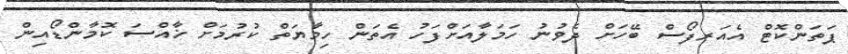
ޕަތަންކޮޓް އެއަރފޯސް ބޭހަށް ދެވުނު ހަމަލާއަށްފަހު އެތަން ހިމާޔަތް ކުރުމަށް ޚާއްސަ ކޮމާންޑޯއިން